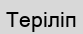
Теріліп